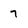
Character: 7